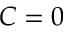
C = 0